Medical and sanitary report of the native army of Madras for the year
Year: 1878
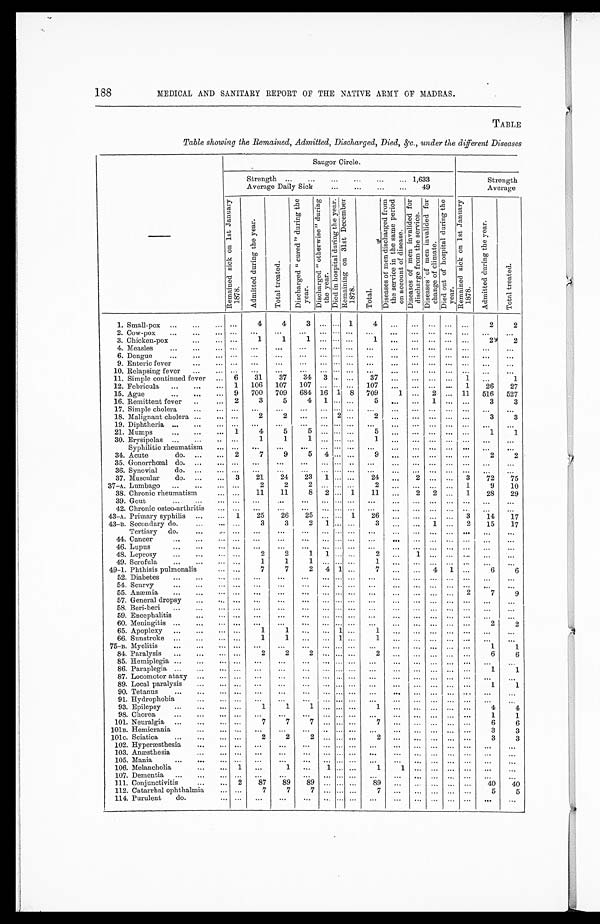
188
MEDICAL AND SANITARY REPORT OF THE NATIVE ARMY OF MADRAS.
TABLE
Table showing the Remained, Admitted, Discharged, Died, &c., under the different Diseases
—
Saugor Circle.
Strength . . . 1,633
Strength
Average Daily Sick . . . 49
Average
R e m a i n e d s i c k o n 1 s t J a n u a r y 1 8 7 8 .
A d m i t t e d d u r i n g t h e y e a r .
T o t a l t r e a t e d .
D i s c h a r g e d " c u r e d " d u r i n g t h e y e a r .
D i s c h a r g e d " o t h e r w i s e " d u r i n g t h e y e a r .
D i e d i n h o s p i t a l d u r i n g t h e y e a r .
R e m a i n i n g o n 3 1 s t D e c e m b e r 1 8 7 8 .
T o t a l .
D i s e a s e s o f m e n d i s c h a r g e d f r o m t h e s e r v i c e i n t h e s a m e p e r i o d o n a c c o u n t o f d i s e a s e .
D i s e a s e s o f m e n i n v a l i d e d f o r d i s c h a r g e f r o m t h e s e r v i c e .
D i s e a s e s o f m e n i n v a l i d e d f o r c h a n g e o f c l i m a t e . D i e d o u t o f h o s p i t a l d u r i n g t h e y e a r .
R e m a i n e d s i c k o n 1 s t J a n u a r y 1 8 7 8 .
A d m i t t e d d u r i n g t h e y e a r .
T o t a l t r e a t e d .
1. Small-pox . . .
. . .
4
4
3
. . .
. . . 1
4
. . .
. . .
. . .
. . .
. . .
2
2
2. Cow-pox . . .
. . .
. . .
. . .
. . .
. . .
. . .
. . .
. . .
. . .
. . .
. . .
. . .
. . .
. . .
. . .
3. Chicken-pox . . .
. . .
1
1
1
. . .
. . .
. . .
1
. . .
. . .
. . .
. . .
. . .
2
2
4. Measles . . .
. . .
. . .
. . .
. . .
. . .
. . .
. . .
. . .
. . .
. . .
. . .
. . .
. . .
. . .
. . .
6. Dengue . . .
. . .
. . .
. . .
. . .
. . .
. . .
. . .
. . .
. . .
. . .
. . .
. . .
. . .
. . .
. . .
9. Enteric fever . . .
. . .
. . .
. . .
. . .
. . .
. . .
. . .
. . .
. . .
. . .
. . .
. . .
. . .
. . .
. . .
10. Relapsing fever . . .
. . .
. . .
. . .
. . .
. . .
. . .
. . .
. . .
. . .
. . .
. . .
. . .
. . .
. . .
. . .
11. Simple continued fever . . .
6
31
37
34
3
. . .
. . .
37
. . .
. . .
. . .
. . .
1
. . .
1
12. Febricula . . .
1
106
107
107
. . . . . .
. . .
107
. . .
. . .
. . .
. . .
1
26
27
15. Ague . . .
9
700
709
684
16
1
8
709
1
. . .
2
. . .
11
516
527
16. Remittent fever . . .
2
3
5
4
1
. . .
. . .
5
. . .
. . .
1
. . .
. . .
3
3
17. Simple cholera . . .
. . .
. . .
. . .
. . .
. . .
. . .
. . .
. . .
. . .
. . .
. . .
. . .
. . .
. . .
. . .
18. Malignant cholera . . .
. . .
2 2
. . .
. . .
2
. . .
2
. . .
. . .
. . .
. . .
. . .
3
3
19. Diphtheria . . .
. . .
. . .
. . .
. . .
. . .
. . .
. . .
. . .
. . .
. . .
. . .
. . .
. . .
. . .
. . .
21. Mumps . . .
1
4
5
5
. . .
. . .
. . .
5
. . .
. . .
. . .
. . .
. . .
1
1
30. Erysipelas . . .
. . .
1
1
1
. . .
. . .
. . .
1
. . .
. . .
. . .
. . .
. . .
. . .
. . .
Syphilitic rheumatism . . .
. . .
. . .
. . .
. . .
. . .
. . .
. . .
. . .
. . .
. . .
. . .
. . .
. . .
. . .
. . .
34. Acute
do. . . .
2
7
9
5
4
. . .
. . .
9
. . .
. . .
. . .
. . .
. . .
2
2
35. Gonorrhœal do. . . .
. . .
. . .
. . .
. . .
. . .
. . .
. . .
. . .
. . .
. . .
. . .
. . .
. . .
. . .
. . .
36. Synovial
do. . . .
. . .
. . .
. . .
. . .
. . .
. . .
. . .
. . .
. . .
. . .
. . .
. . .
. . .
. . .
. . .
37. Muscular
do. . . .
3
21
24
23
1
. . .
. . .
24
. . .
2
. . .
. . .
3
72
75
37–A. Lumbago . . .
. . .
2
2 2
. . .
. . .
. . .
2
. . .
. . .
. . .
. . .
1
9
10
38. Chronic rheumatism . . .
. . .
11
11
8
2
. . . 1
11
. . .
2
2
. . .
1
28
29
39. Gout . . .
. . .
. . .
. . .
. . .
. . .
. . .
. . .
. . .
. . .
. . .
. . .
. . .
. . .
. . .
. . .
42. Chronic osteo-arthritis . . .
. . .
. . .
. . .
. . .
. . .
. . .
. . .
. . .
. . .
. . .
. . .
. . .
. . .
. . .
. . .
43–A. Primary syphilis . . .
1
25
26
25
. . .
. . . 1
26
. . .
. . .
. . .
. . .
3
14
17
43–B. Secondary do. . . .
. . .
3
3
2
1
. . .
. . .
3
. . .
. . . 1
. . . 2
15
17
Tertiary
do. . . .
. . .
. . .
. . .
. . .
. . .
. . .
. . .
. . .
. . .
. . .
. . .
. . .
. . .
. . .
. . .
44. Cancer . . .
. . .
. . .
. . .
. . .
. . .
. . .
. . .
. . .
. . .
. . .
. . .
. . .
. . .
. . .
. . .
46. Lupus . . .
. . .
. . .
. . .
. . .
. . .
. . .
. . .
. . .
. . .
. . .
. . .
. . .
. . .
. . .
. . .
48. Leprosy . . .
. . .
2
2
1
1
. . .
. . .
2
. . .
1
. . .
. . .
. . .
. . .
. . .
49. Scrofula . . .
. . .
1
1
1
. . .
. . .
. . .
1
. . .
. . .
. . .
. . .
. . .
. . .
. . .
49–1. Phthisis pulmonalis . . .
. . .
7
7
2
4
1
. . .
7
. . .
. . .
4
1
. . .
6
6
52. Diabetes . . .
. . .
. . .
. . .
. . .
. . .
. . .
. . .
. . .
. . .
. . .
. . .
. . .
. . .
. . .
. . .
54. Scurvy . . .
. . .
. . .
. . .
. . .
. . .
. . .
. . .
. . .
. . .
. . .
. . .
. . .
. . .
. . .
. . .
55. Anæmia . . .
. . .
. . .
. . .
. . .
. . .
. . .
. . .
. . .
. . .
. . .
. . .
. . .
2
7
9
57. General dropsy . . .
. . .
. . .
. . .
. . .
. . .
. . .
. . .
. . .
. . .
. . .
. . .
. . .
. . .
. . .
. . .
58. Beri-beri . . .
. . .
. . .
. . .
. . .
. . .
. . .
. . .
. . .
. . .
. . .
. . .
. . .
. . .
. . .
. . .
59. Encephalitis . . .
. . .
. . .
. . .
. . .
. . .
. . .
. . .
. . .
. . .
. . .
. . .
. . .
. . .
. . .
. . .
60. Meningitis . . .
. . .
. . .
. . .
. . .
. . .
. . .
. . .
. . .
. . .
. . .
. . .
. . .
. . .
2
2
65. Apoplexy . . .
. . .
1
1
. . .
. . .
1
. . .
1
. . .
. . .
. . .
. . .
. . .
. . .
. . .
66. Sunstroke . . .
. . .
1
1
. . .
. . .
1
. . .
1
. . .
. . .
. . .
. . .
. . .
. . .
. . .
75–B. Myelitis . . .
. . .
. . .
. . .
. . .
. . .
. . .
. . .
. . .
. . .
. . .
. . .
. . .
. . .
1
1
84. Paralysis . . .
. . .
2
2
2
. . .
. . .
. . .
2
. . .
. . .
. . .
. . .
. . .
6
6
85. Hemiplegia . . .
. . .
. . .
. . .
. . .
. . .
. . .
. . .
. . .
. . .
. . .
. . .
. . .
. . .
. . .
. . .
86. Paraplegia . . .
. . .
. . .
. . .
. . .
. . .
. . .
. . .
. . .
. . .
. . .
. . .
. . .
. . .
1
1
87. Locomotor ataxy . . .
. . .
. . .
. . .
. . .
. . .
. . .
. . .
. . .
. . .
. . .
. . .
. . .
. . .
. . .
. . .
89. Local paralysis . . .
. . .
. . .
. . .
. . .
. . .
. . .
. . .
. . .
. . .
. . .
. . .
. . .
. . .
1
1
90. Tetanus . . .
. . .
. . .
. . .
. . .
. . .
. . .
. . .
. . .
. . .
. . .
. . .
. . .
. . .
. . .
. . .
91. Hydrophobia . . .
. . .
. . .
. . .
. . .
. . .
. . .
. . .
. . .
. . .
. . .
. . .
. . .
. . .
. . .
. . .
93. Epilepsy . . .
. . .
1
1
1
. . .
. . .
. . .
1
. . .
. . .
. . .
. . .
. . .
4
4
98. Chorea . . .
. . .
. . .
. . .
. . .
. . .
. . .
. . .
. . .
. . .
. . .
. . .
. . .
. . .
1
1
101. Neuralgia . . .
. . .
7
7
7
. . .
. . .
. . .
7
. . .
. . .
. . .
. . .
. . .
6
6
101B. Hemierania . . .
. . .
. . .
. . .
. . .
. . .
. . .
. . .
. . .
. . .
. . .
. . .
. . .
. . .
3
3
101c. Sciatica . . .
. . .
2
2
2
. . .
. . .
. . .
2
. . .
. . .
. . .
. . .
. . .
3
3
102. Hyperæsthesia . . .
. . .
. . .
. . .
. . .
. . .
. . .
. . .
. . .
. . .
. . .
. . .
. . .
. . .
. . .
. . .
103. Anæsthesia . . .
. . .
. . .
. . .
. . .
. . .
. . .
. . .
. . .
. . .
. . .
. . .
. . .
. . .
. . .
. . .
105. Mania . . .
. . .
. . .
. . .
. . .
. . .
. . .
. . .
. . .
. . .
. . .
. . .
. . .
. . .
. . .
. . .
106. Melancholia . . .
1
. . .
1
. . .
1
. . .
. . .
1
1
. . .
. . .
. . .
. . .
. . .
. . .
107. Dementia . . .
. . .
. . .
. . .
. . .
. . .
. . .
. . .
. . .
. . .
. . .
. . .
. . .
. . .
. . .
. . .
111. Conjunctivitis . . .
2
87
89
89
. . .
. . .
. . .
89
. . .
. . .
. . .
. . .
. . .
40
40
112. Catarrhal ophthalmia . . .
. . .
7
7
7
. . .
. . .
. . .
7
. . .
. . .
. . .
. . .
. . .
5
5
114. Purulent
d o . . . .
. . .
. . .
. . .
. . .
. . .
. . .
. . .
. . .
. . .
. . .
. . .
. . .
. . .
. . .
. . .